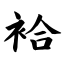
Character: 袷